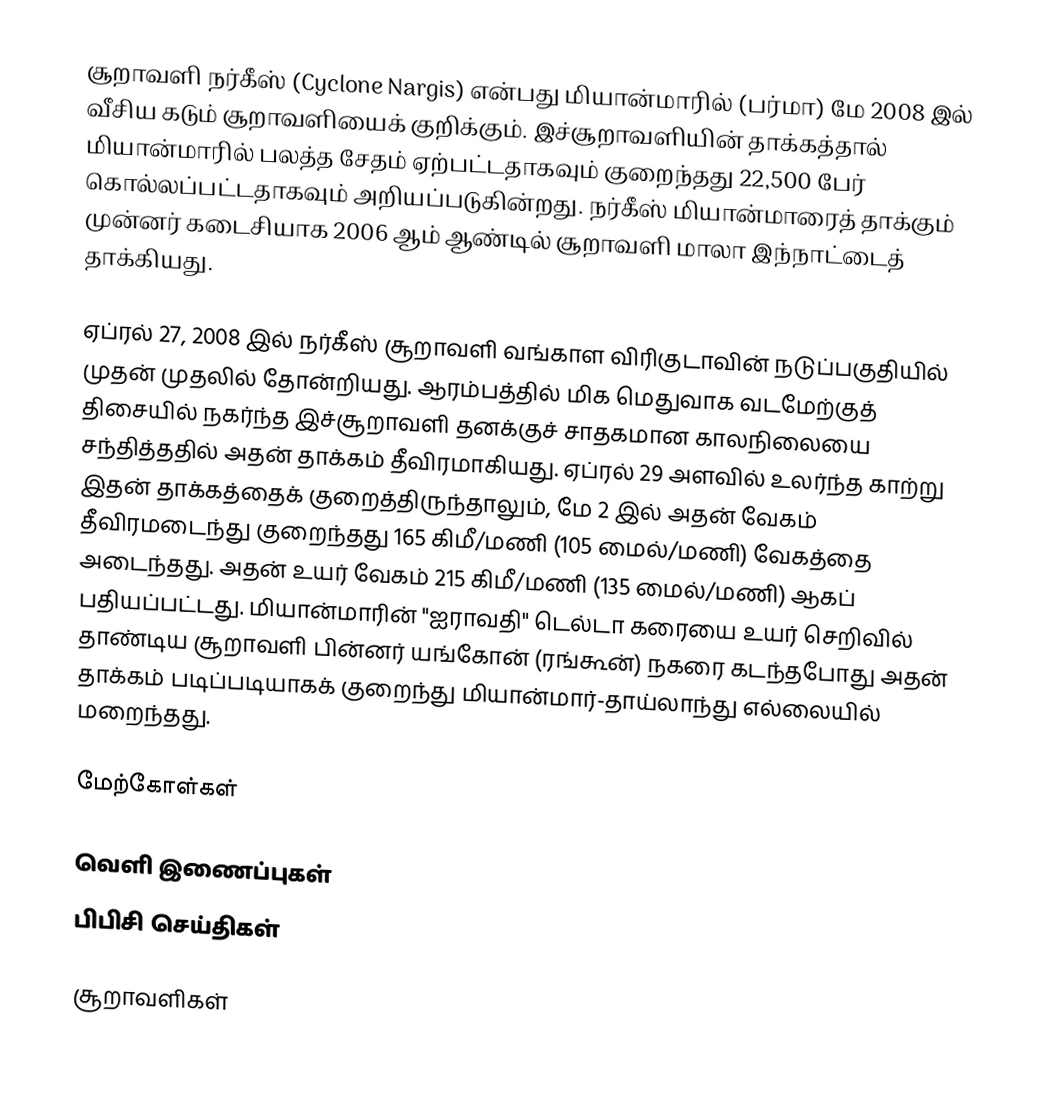
சூறாவளி நர்கீஸ் (Cyclone Nargis) என்பது மியான்மாரில் (பர்மா) மே 2008 இல் வீசிய கடும் சூறாவளியைக் குறிக்கும். இச்சூறாவளியின் தாக்கத்தால் மியான்மாரில் பலத்த சேதம் ஏற்பட்டதாகவும் குறைந்தது 22,500 பேர் கொல்லப்பட்டதாகவும் அறியப்படுகின்றது. நர்கீஸ் மியான்மாரைத் தாக்கும் முன்னர் கடைசியாக 2006 ஆம் ஆண்டில் சூறாவளி மாலா இந்நாட்டைத் தாக்கியது.

ஏப்ரல் 27, 2008 இல் நர்கீஸ் சூறாவளி வங்காள விரிகுடாவின் நடுப்பகுதியில் முதன் முதலில் தோன்றியது. ஆரம்பத்தில் மிக மெதுவாக வடமேற்குத் திசையில் நகர்ந்த இச்சூறாவளி தனக்குச் சாதகமான காலநிலையை சந்தித்ததில் அதன் தாக்கம் தீவிரமாகியது. ஏப்ரல் 29 அளவில் உலர்ந்த காற்று இதன் தாக்கத்தைக் குறைத்திருந்தாலும், மே 2 இல் அதன் வேகம் தீவிரமடைந்து குறைந்தது 165 கிமீ/மணி (105 மைல்/மணி) வேகத்தை அடைந்தது. அதன் உயர் வேகம் 215 கிமீ/மணி (135 மைல்/மணி) ஆகப் பதியப்பட்டது. மியான்மாரின் "ஐராவதி" டெல்டா கரையை உயர் செறிவில் தாண்டிய சூறாவளி பின்னர் யங்கோன் (ரங்கூன்) நகரை கடந்தபோது அதன் தாக்கம் படிப்படியாகக் குறைந்து மியான்மார்-தாய்லாந்து எல்லையில் மறைந்தது.

மேற்கோள்கள்

வெளி இணைப்புகள்
பிபிசி செய்திகள்

சூறாவளிகள்